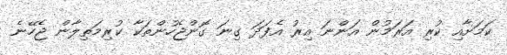
ކަމަށާއި ކުރި އަރަމުން އަންނަ އިރު އެފަދަ ގިނަ ގޮންޖެހުންތަކާ ކުރިމަތިލާން ޖެހޭނެ